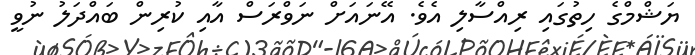
ޔަޝްމްގެ ހިތުގައި ރިއްސާލި އެވެ. އޭނައަށް ނަވްރަސް އާއި ކުރިން ބައްދަލު ނުވީ